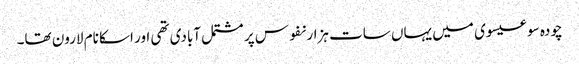
چودہ سو عیسوی میں یہاں سات ہزار نفوس پر مشتمل آبادی تھی اور اسکا نام لارون تھا۔